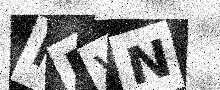
Text: NEVN